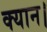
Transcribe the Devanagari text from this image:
क्यान।